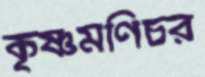
কৃষ্ণমণিচর